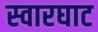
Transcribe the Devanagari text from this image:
स्‍वारघाट